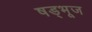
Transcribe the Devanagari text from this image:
षड्भूज